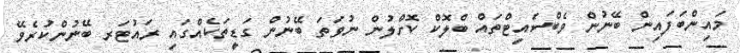
މައިންބަފައިން ބޭނުން ވެބްސައިޓްތައް ބްލޮކް ކޮށްލުން ނުވަތަ ބޭނުން ގަޑީތަކެއްގައި ރައުޓަރ ބޭނުންކުރެވޭ